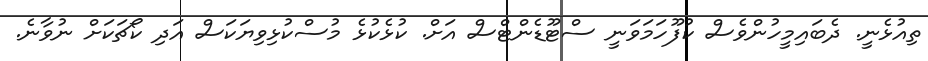
ތިއުޅެނީ. ދެބައިމީހުންވެސް ކުފޫހަމަވަނީ ސްޓޫޑެންޓްސް އަށް. ކުޅެކުޅެ މުސްކުޅިވިޔަކަސް އަދި ކޯޗަކަށް ނުވާނެ.